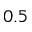
0 . 5